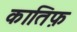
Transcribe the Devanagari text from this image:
कातिफ़